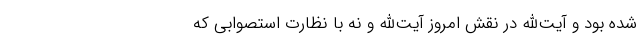
شده بود و آیت‌الله در نقش امروز آیت‌الله و نه با نظارت استصوابی که